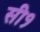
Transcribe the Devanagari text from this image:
सी१